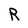
Character: R